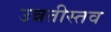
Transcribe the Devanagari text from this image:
उन्नतीस्तव